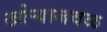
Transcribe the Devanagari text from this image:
खोऱ्याजवळ